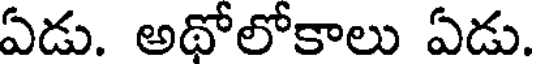
ఏడు. అథోలోకాలు ఏడు.